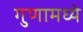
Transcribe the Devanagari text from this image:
गुणामध्ये